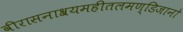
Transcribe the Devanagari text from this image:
वीरासनाश्रयमहीतलमण्डिजानो